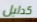
كدليل